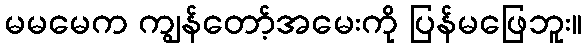
မမမေက ကျွန်တော့်အမေးကို ပြန်မဖြေဘူး။